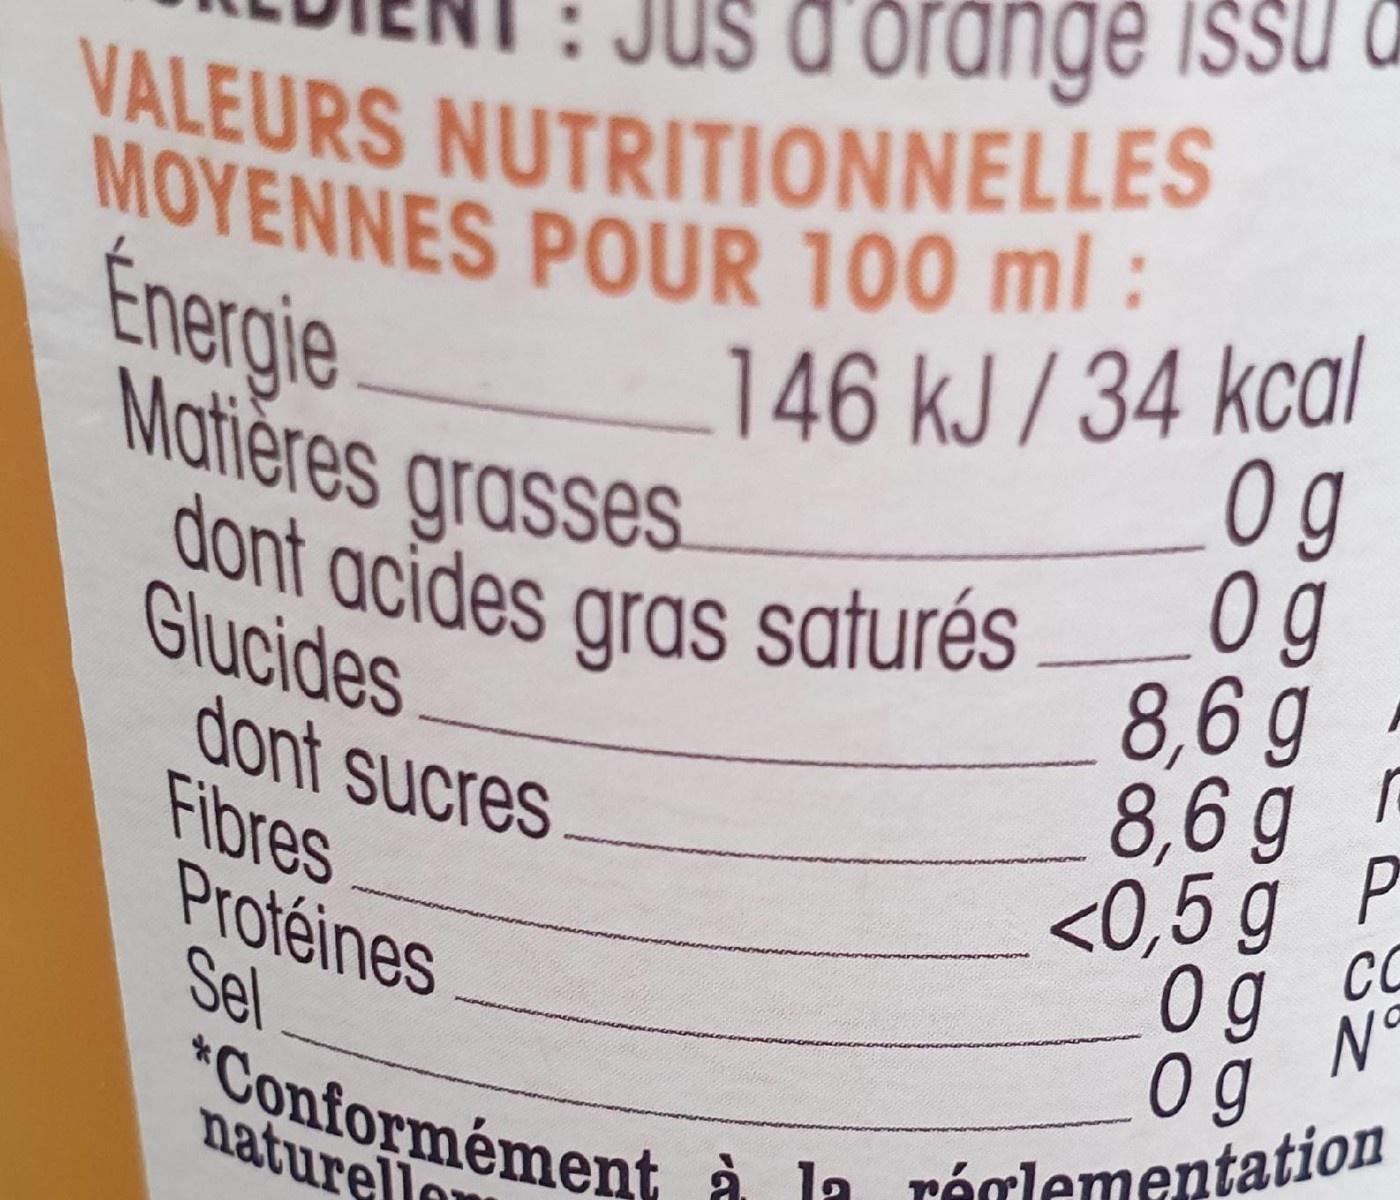
: JUs d'orange issu a VALEURS NUTRITIONNELLES MOYENNES POUR 100 ml: 146 kJ /34 kcal
Énergie Matières grasses
0g 0g 8,6 g 8,6 g <0,5 g P
dont acides gras saturés
Glucides dont sucres Fibres Protéines Sel
0g Co
N° 0 g
*Conformément à la réglementation
naturello